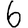
Digit: 6